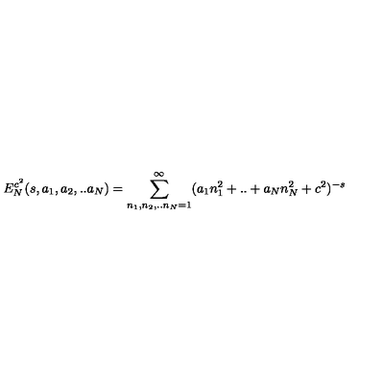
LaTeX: E _ { N } ^ { c ^ { 2 } } ( s , a _ { 1 } , a _ { 2 } , . . a _ { N } ) = \sum _ { n _ { 1 } , n _ { 2 } , . . n _ { N } = 1 } ^ { \infty } ( a _ { 1 } n _ { 1 } ^ { 2 } + . . + a _ { N } n _ { N } ^ { 2 } + c ^ { 2 } ) ^ { - s }